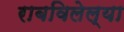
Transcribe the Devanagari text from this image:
राबविलेल्या